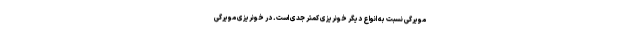
مویرگی نسبت به انواع دیگر خونریزی کمتر جدی است. در خونریزی مویرگی